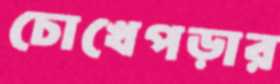
চোখেপড়ার